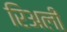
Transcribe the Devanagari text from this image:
रिअली